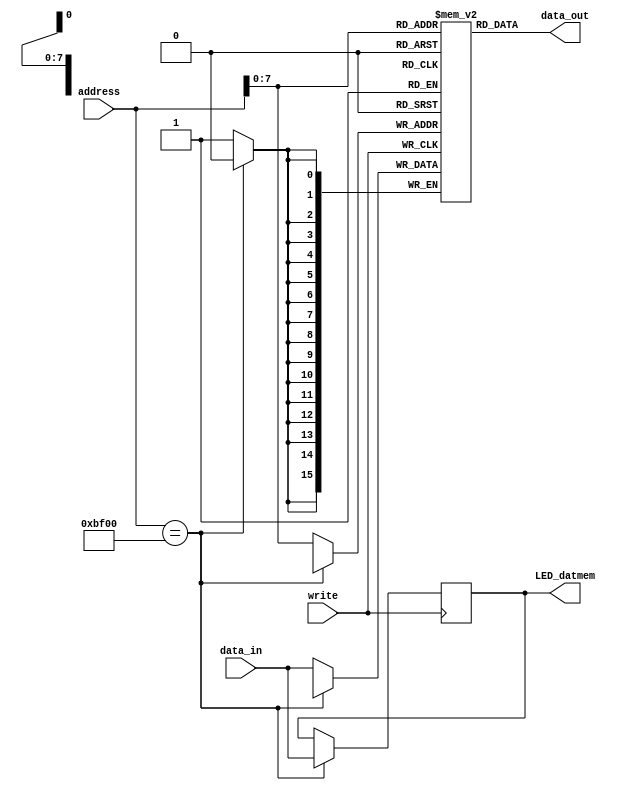
module Data_Memory(
    output [15 : 0] data_out,
    input write,
    input [15 : 0] address,
    input [15 : 0] data_in,
	 output reg [15 : 0] LED_datmem
    );

	//reg [7 : 0] memory [255 : 0];
	reg [15 : 0] memory [255 : 0];
	
	//assign data_out = {memory[address], memory[address+1]};	// big-end or little-end?
	assign data_out = memory[address];
	
	always @(posedge write)
	begin
		//memory[address] <= data_in[15 : 8];
		//memory[address] <= data_in[7 : 0];
		if (address == 16'hBF00)
		begin
			LED_datmem <= data_in;
		end
		else
		begin
			memory[address] <= data_in;
		end
	end

endmodule